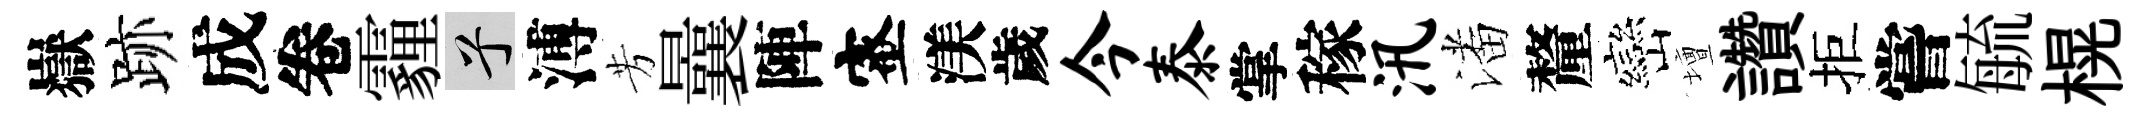
嶽跡成卷霾兮溥芳曩陣蜜渼歲今泰掌稼汛潘釐巒壇讚拒嘗毓榥